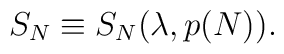
S_{N} \equiv S_{N}(\lambda, p(N)).